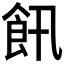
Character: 𲋔